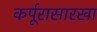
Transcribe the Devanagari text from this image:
कर्पूरासारखा